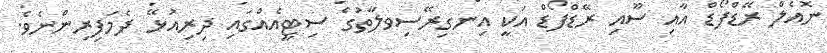
ނޮއެލް ރޭޑްފޯޑް އާއި ސޫއި ރޭޑްފޯޑް އަކީ އިިނގިރޭސިވލާތުގެ ސިޓީއެއްގައި ދިރިއުޅޭ ދެމަފިރިންނެވެ.